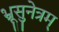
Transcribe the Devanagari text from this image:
भ्रूसुनेत्रम्